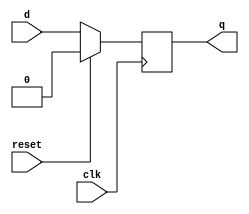
module xup_dff_reset #(parameter DELAY = 3)(
    input d,
    input clk, 
    input  reset,
    output q
    );
    reg q;
    
    always @(posedge clk)
    begin 
        if(reset)
            q<= #DELAY 0;
        else  
            q<= #DELAY d;            
    end
    
endmodule